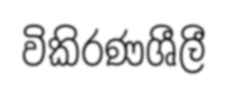
විකිරණශීලී